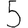
Digit: 5